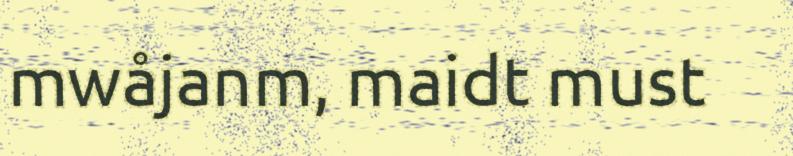
mwåjanm, maidt must